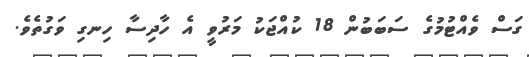
ގަސް ވެއްޓުމުގެ ސަބަބުން 18 ކުއްޖަކު މަރުވީ އެ ހާދިސާ ހިނގި ވަގުތެވެ.